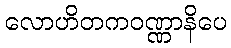
လောဟိတကဝဏ္ဏာနိပေ